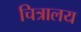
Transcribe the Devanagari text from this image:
चित्रालय